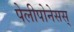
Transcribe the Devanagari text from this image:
पेलीपोनेसस्‌